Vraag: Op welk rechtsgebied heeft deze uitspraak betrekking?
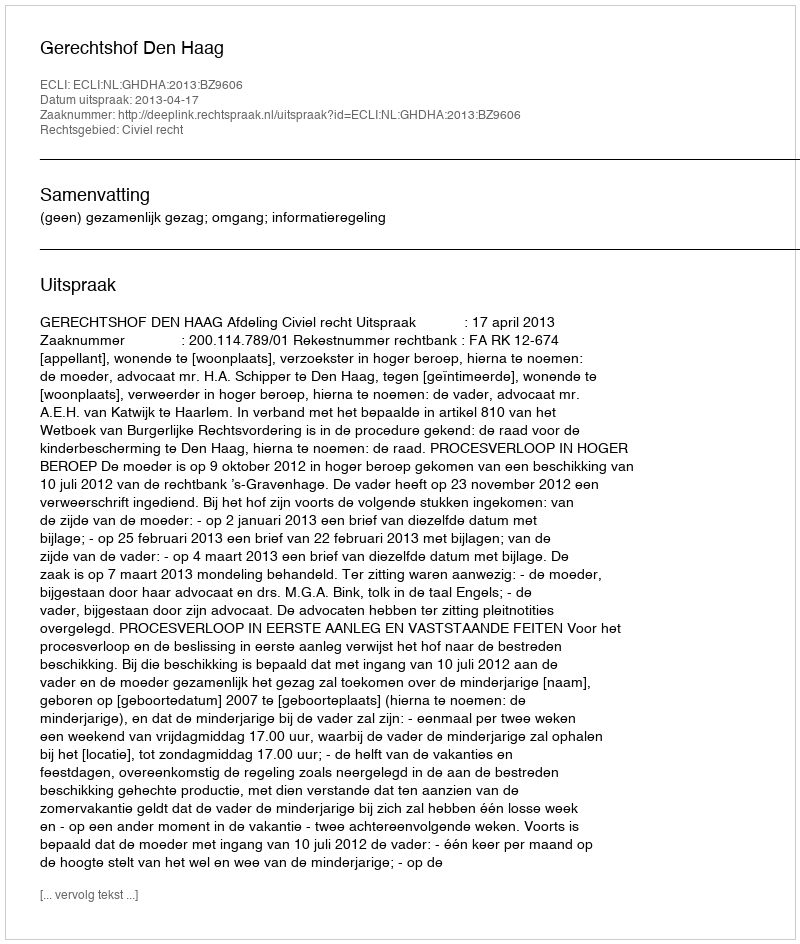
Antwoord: Civiel recht